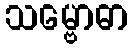
သမ္ဗောဓာ